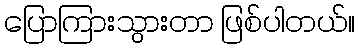
ပြောကြားသွားတာ ဖြစ်ပါတယ်။